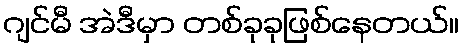
ဂျင်မီ အဲဒီမှာ တစ်ခုခုဖြစ်နေတယ်။